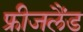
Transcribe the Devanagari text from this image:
फ्रीजलैंड